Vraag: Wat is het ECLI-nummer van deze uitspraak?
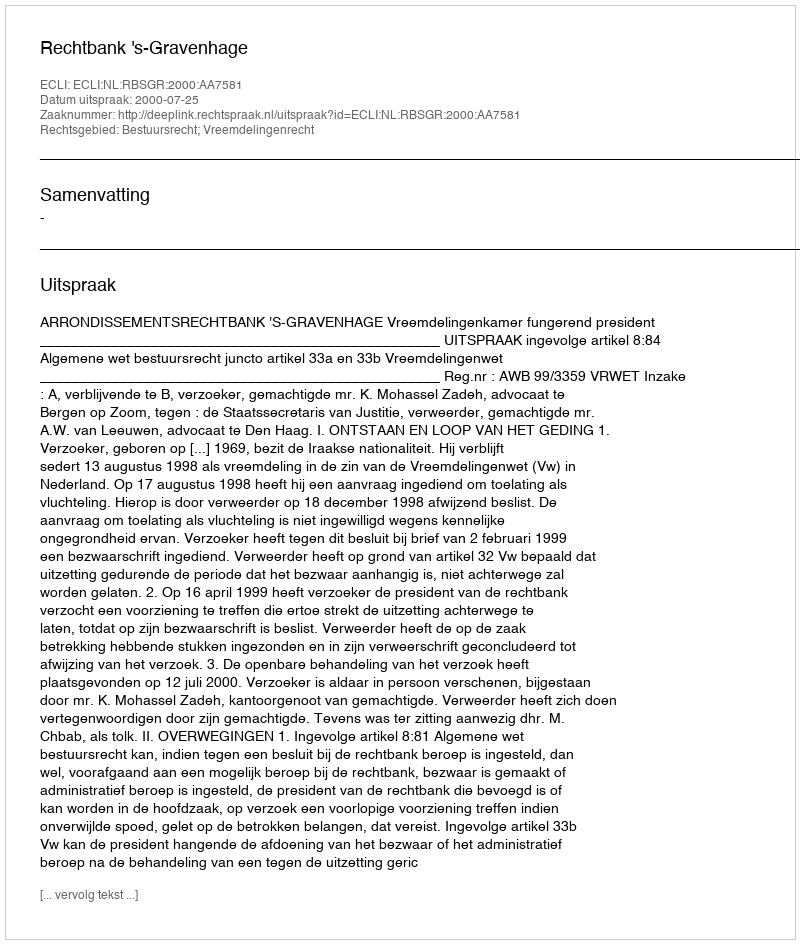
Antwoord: ECLI:NL:RBSGR:2000:AA7581